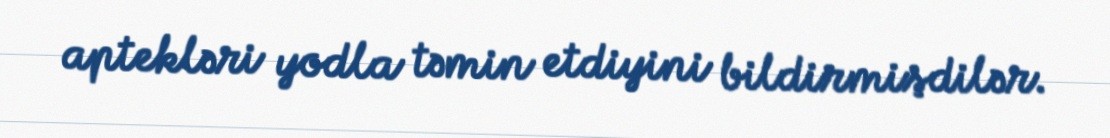
aptekləri yodla təmin etdiyini bildirmişdilər.